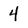
Character: 4